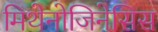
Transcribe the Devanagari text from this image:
मिथेनोजिनेसिस